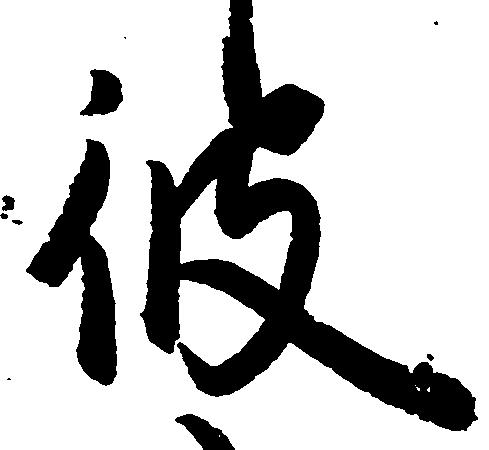
彼